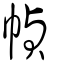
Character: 幀